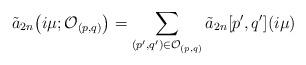
LaTeX: \begin{align*}\tilde{a}_{2n}\big(i\mu;\mathcal{O}_{(p,q)}\big) = \sum_{(p', q')\in \mathcal{O}_{(p,q)}} \tilde{a}_{2n}[p', q'](i\mu)\end{align*}